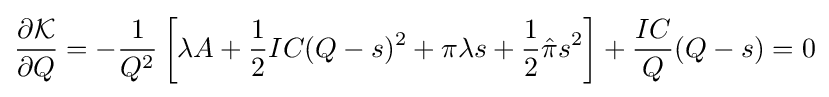
{\frac {\partial {\mathcal {K}}}{\partial Q}}=-{\frac {1}{Q^{2}}}\left[{\lambda }A+{\frac {1}{2}}IC(Q-s)^{2}+\pi \lambda s+{\frac {1}{2}}{\hat {\pi }}s^{2}\right]+{\frac {IC}{Q}}(Q-s)=0